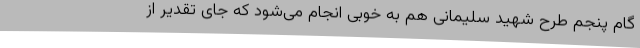
گام پنجم طرح شهید سلیمانی هم به خوبی انجام می‌شود که جای تقدیر از